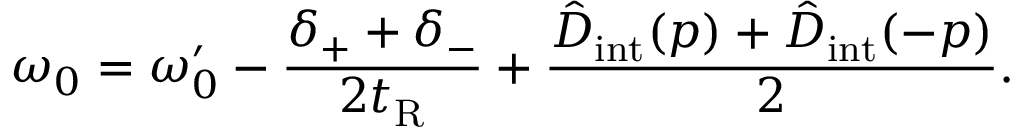
\omega _ { 0 } = \omega _ { 0 } ^ { \prime } - \frac { \delta _ { + } + \delta _ { - } } { 2 t _ { \mathrm { R } } } + \frac { \hat { D } _ { \mathrm { i n t } } ( p ) + \hat { D } _ { \mathrm { i n t } } ( - p ) } { 2 } .